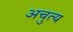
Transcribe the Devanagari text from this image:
अचुत्य